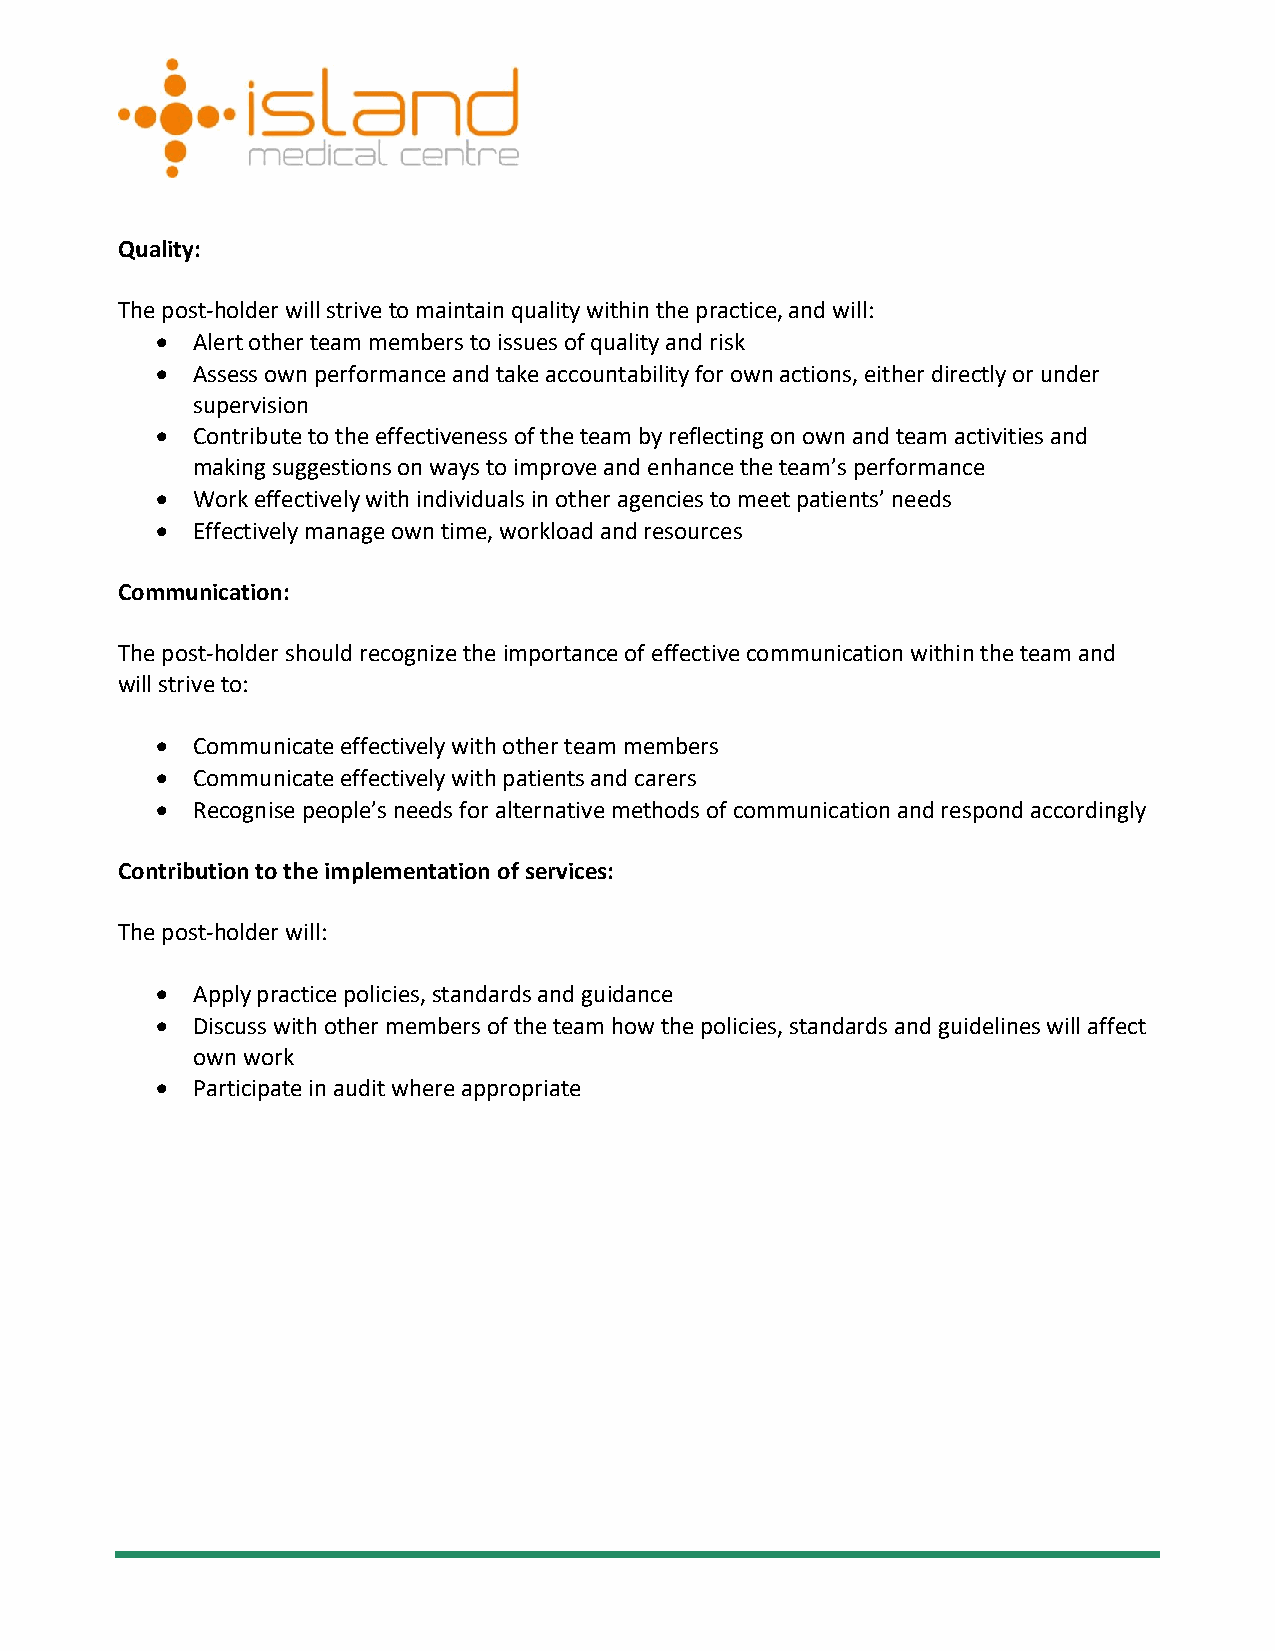
Quality:
 The post-holder will strive to maintain quality within the practice, and will:
 •  Alert other team members to issues of quality and risk
 •  Assess own performance and take accountability for own actions, either directly or under
 supervision
 •  Contribute to the effectiveness of the team by reflecting on own and team activities and
 making suggestions on ways to improve and enhance the team’s performance
 •  Work effectively with individuals in other agencies to meet patients’ needs
 •  Effectively manage own time, workload and resources
 Communication:
 The post-holder should recognize the importance of effective communication within the team and
 will strive to:
 •  Communicate effectively with other team members
 •  Communicate effectively with patients and carers
 •  Recognise people’s needs for alternative methods of communication and respond accordingly
 Contribution to the implementation of services:
 The post-holder will:
 •  Apply practice policies, standards and guidance
 •  Discuss with other members of the team how the policies, standards and guidelines will affect
 own work
 •  Participate in audit where appropriate